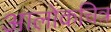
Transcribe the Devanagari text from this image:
आलोकचित्र